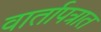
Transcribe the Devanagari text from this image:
वार्तापत्रात